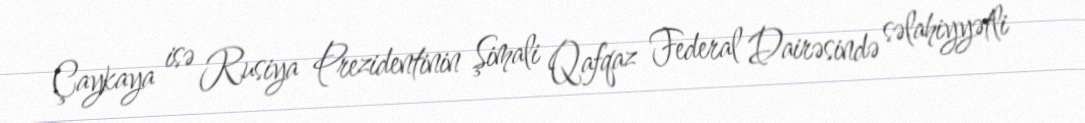
Çaykaya isə Rusiya Prezidentinin Şimali Qafqaz Federal Dairəsində səlahiyyətli